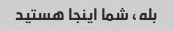
بله، شما اینجا هستید